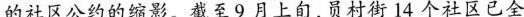
的社区公约的缩影。截至9月上旬，员村街14 个社区已全